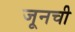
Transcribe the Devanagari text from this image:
जूनची